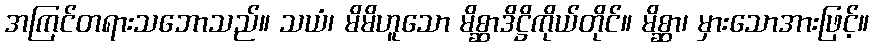
အကြင်တရားသဘောသည်။ သယံ၊ မိမိဟူသော မိစ္ဆာဒိဋ္ဌိကိုယ်တိုင်။ မိစ္ဆာ၊ မှားသောအားဖြင့်။